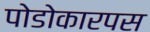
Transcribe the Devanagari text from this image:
पोडोकारपस